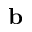
{ \bf b }